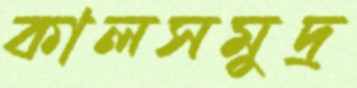
কালসমুদ্র